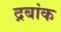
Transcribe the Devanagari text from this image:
द्रबांक